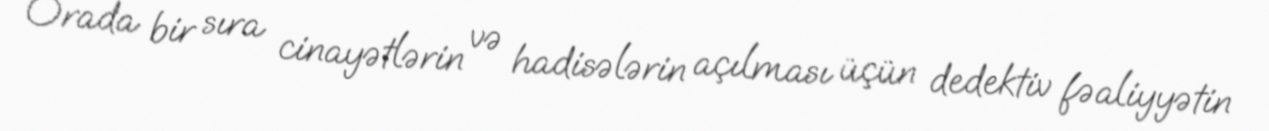
Orada bir sıra cinayətlərin və hadisələrin açılması üçün dedektiv fəaliyyətin